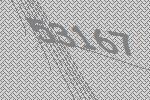
53167